Indian journal of veterinary science and animal husbandry - Volumes 15-17, 1948-1951
Year: 1948
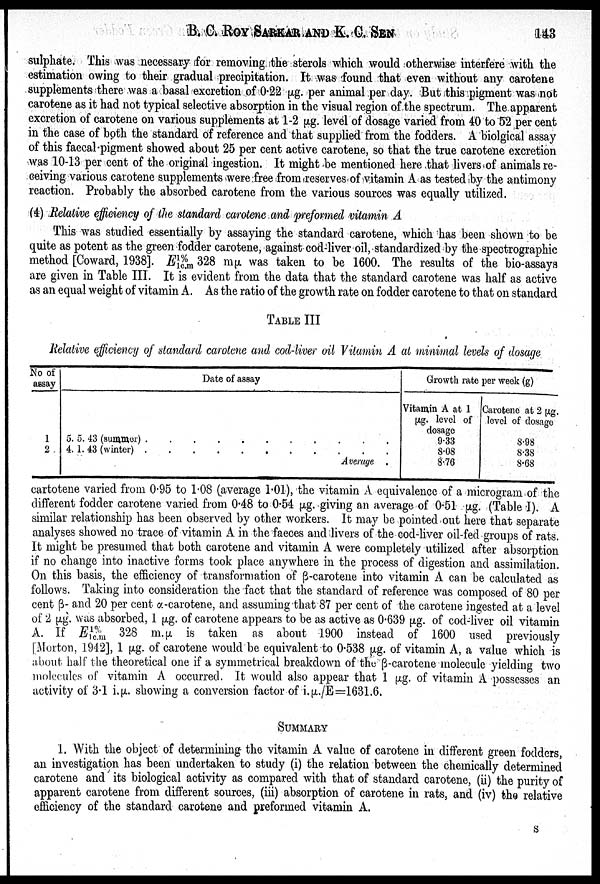
B. C. ROY SARKAR AND K.
C.
SEN
143
sulphate. This was necessary for removing the sterols which would otherwise interfere with the
estimation owing to their gradual precipitation. It was found that even without any carotene
supplements there was a basal excretion of 0.22 µg. per animal per day. But this pigment was not
carotene as it had not typical selective absorption in the visual region of the spectrum. The apparent
excretion of carotene on various supplements at 1-2 µg. level of dosage varied from 40 to 52 per cent
in the case of both the standard of reference and that supplied from the fodders. A biolgical assay
of this faecal pigment showed about 25 per cent active carotene, so that the true carotene excretion
was 10-13 per cent of the original ingestion. It might be mentioned here that livers of animals re-
ceiving various carotene supplements were free from reserves of vitamin A as tested by the antimony
reaction. Probably the absorbed carotene from the various sources was equally utilized.
(4) Relative efficiency of the standard carotene and preformed vitamin A
This was studied essentially by assaying the standard carotene, which has been shown to be
quite as potent as the green fodder carotene, against cod-liver oil, standardized by the spectrographic
method [Coward, 1938]. E 1%
1c.m 328 mµ was taken to be 1600. The results of the bio-assays
are given in Table III. It is evident from the data that the standard carotene was half as active
as an equal weight of vitamin A. As the ratio of the growth rate on fodder carotene to that on standard
TABLE III
Relative efficiency of standard carotene and cod-liver oil Vitamin A at minimal levels of dosage
No of
assay
1
2
Date of assay
5. 5. 43 (summer) . . . . . . . . . . .
4. 1. 43 (winter) . . . . . . . . . . .
Average .
Growth rate per week (g)
Vitamin A at 1
µg. level of
dosage
9.33
8.08
8.76
Carotene at 2 µg.
level of dosage
8.98
8.38
8.68
cartotene varied from 0.95 to 1.08 (average 1.01), the vitamin A equivalence of a microgram of the
different fodder carotene varied from 0.48 to 0.54 µg. giving an average of 0.51 µg. (Table I). A
similar relationship has been observed by other workers. It may be pointed out here that separate
analyses showed no trace of vitamin A in the faeces and livers of the cod-liver oil-fed groups of rats.
It might be presumed that both carotene and vitamin A were completely utilized after absorption
if no change into inactive forms took place anywhere in the process of digestion and assimilation.
On this basis, the efficiency of transformation of ß-carotene into vitamin A can be calculated as
follows. Taking into consideration the fact that the standard of reference was composed of 80 per
cent ß- and 20 per cent α-carotene, and assuming that 87 per cent of the carotene ingested at a level
of 2 µg. was absorbed, 1 µg. of carotene appears to be as active as 0.639 µg. of cod-liver oil vitamin
A. If E 1%
1c.m 328 m.µ is taken as about 1900 instead of 1600 used previously
[Morton, 1942], 1 µg. of carotene would be equivalent to 0.538 µg. of vitamin A, a value which is
about half the theoretical one if a symmetrical breakdown of the ß-carotene molecule yielding two
molecules of vitamin A occurred. It would also appear that 1 µg. of vitamin A possesses an
activity of 3.1 i.µ. showing a conversion factor of i.µ./E=1631.6.
SUMMARY
1. With the object of determining the vitamin A value of carotene in different green fodders,
an investigation has been undertaken to study (i) the relation between the chemically determined
carotene and its biological activity as compared with that of standard carotene, (ii) the purity of
apparent carotene from different sources, (iii) absorption of carotene in rats, and (iv) the relative
efficiency of the standard carotene and preformed vitamin A.
S